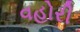
વહોરી